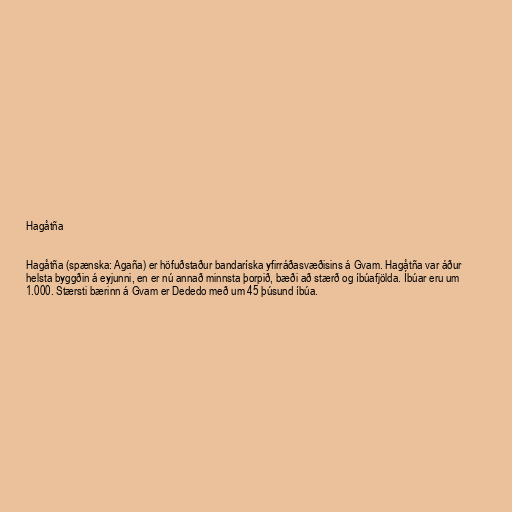
Hagåtña

Hagåtña (spænska: Agaña) er höfuðstaður bandaríska yfirráðasvæðisins á Gvam. Hagåtña var áður
helsta byggðin á eyjunni, en er nú annað minnsta þorpið, bæði að stærð og íbúafjölda. Íbúar eru um
1.000. Stærsti bærinn á Gvam er Dededo með um 45 þúsund íbúa.